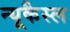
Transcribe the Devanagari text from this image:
न्यूकैस्ल